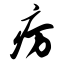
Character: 疠